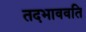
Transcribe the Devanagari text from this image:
तदभाववति